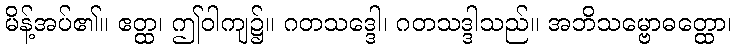
မိန့်အပ်၏။ ဧတ္ထ၊ ဤဝါကျ၌။ ဂတသဒ္ဒေါ၊ ဂတသဒ္ဒါသည်။ အဘိသမ္ဗောဓတ္ထော၊